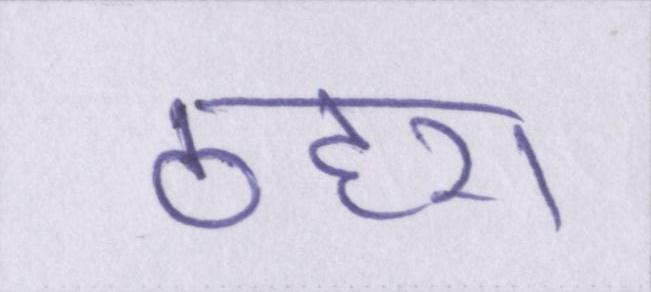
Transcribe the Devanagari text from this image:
ठहरा